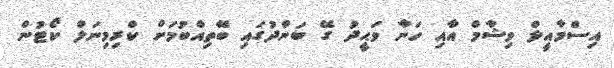
އިސްމާއީލް ވިޝާމް އާއި ހަނާ ވަޙީދު ގޭ ބަންދުގައި ބޭތިއްބުމަށް ކްރިމިނަލް ކޯޓުން